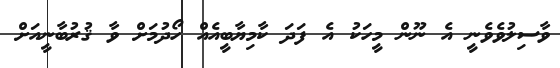
ވާސިލުވެވެނީ އެ ނޫން މީހަކު އެ ފަދަ ކާމިޔާބީއެއް ހޯދުމަށް ވާ ޤުރުބާނީއަށް